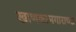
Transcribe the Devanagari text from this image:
खाणकामगाराच्या